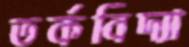
তর্কবিদ্যা